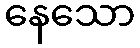
နေသော